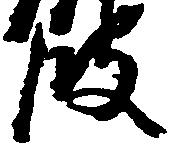
波